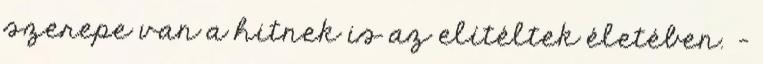
szerepe van a hitnek is az elítéltek életében. –